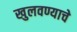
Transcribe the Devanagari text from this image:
खुलवण्याचे